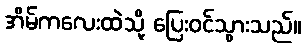
အိမ်ကလေးထဲသို့ ပြေးဝင်သွားသည်။